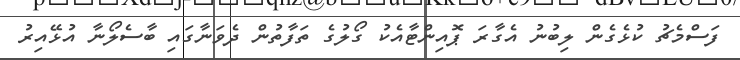
ފަސްމެޗު ކުޅެގެން ލިބުނު އެގާރަ ޕޮއިންޓާއެކު ގޯލުގެ ތަފާތުން ދެވަނާގައި ބާސެލޯނާ އުޅޭއިރު